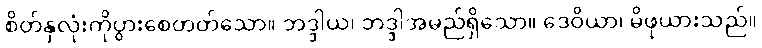
စိတ်နှလုံးကိုပွားစေတတ်သော။ ဘဒ္ဒါယ၊ ဘဒ္ဒါအမည်ရှိသော။ ဒေဝိယာ၊ မိဖုယားသည်။